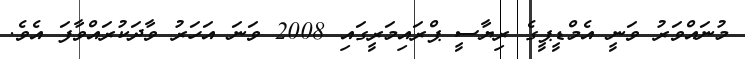
މުނައްވަރު ވަނީ އެމްޑީޕީގެ ރިޔާސީ ޕްރައިމަރީގައި 2008 ވަނަ އަހަރު ވާދަކުރައްވާފަ އެވެ.